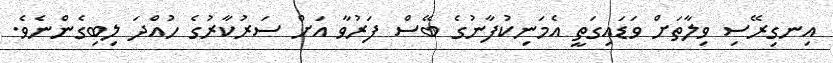
އިނގިރޭސި ވިލާތަށް ވަޑައިގަތީ އެމަނިކުފާނުގެ ބޭސް ފަރުވާ އަށް ސަރުކާރުގެ ހުއްދަ ލިބިގެންނެވެ.